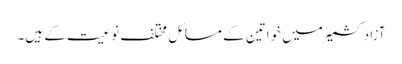
آزاد کشمیر میں خواتین کے مسائل مختلف نوعیت کے ہیں۔